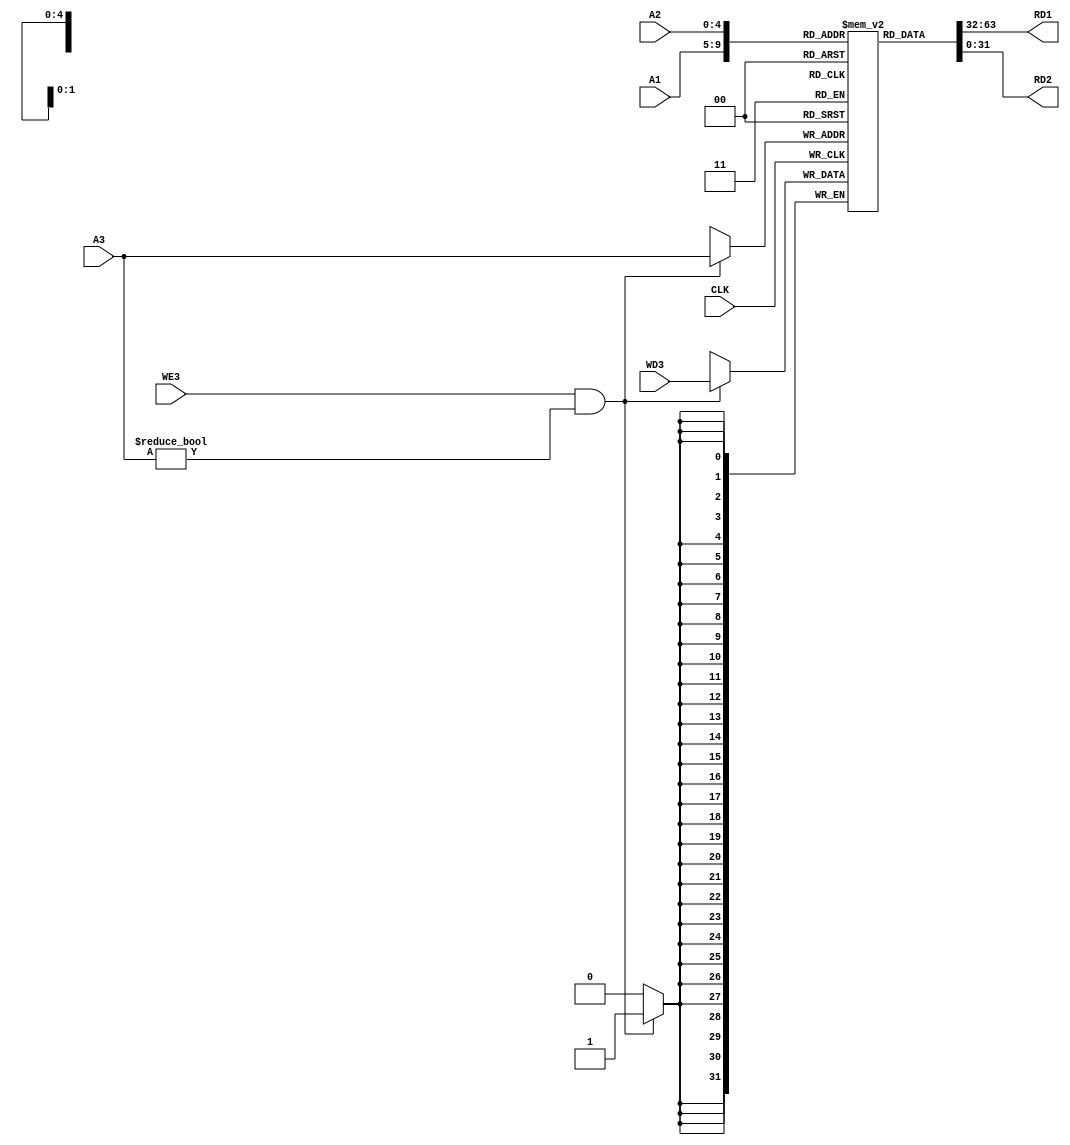
`timescale 1ns / 1ps
//////////////////////////////////////////////////////////////////////////////////
// Company: SUSTech
// Module Name: RegisterFile
// Project Name: Processor
// Tool Versions: Vivado 2021.2
// Description: 
//
//////////////////////////////////////////////////////////////////////////////////


module RegisterFile(
    input CLK,
    input WE3,
    input [4:0] A1,
    input [4:0] A2,
    input [4:0] A3,
    input [31:0] WD3,
    output [31:0] RD1,
    output [31:0] RD2
    );
    
    reg [31:0] RegBankCore[0:31];
    
    integer i;
    initial begin
        for (i = 0; i < 32; i = i + 1)
            RegBankCore[i] = 32'b0;
    end
    
    always @(posedge CLK) begin
        if (WE3 & (A3 != 5'd0)) begin
            RegBankCore[A3] <= WD3;
        end
    end
    
    assign RD1 = RegBankCore[A1];
    assign RD2 = RegBankCore[A2];
endmodule